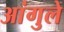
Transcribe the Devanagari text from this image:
आंगुले